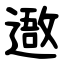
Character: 䢩